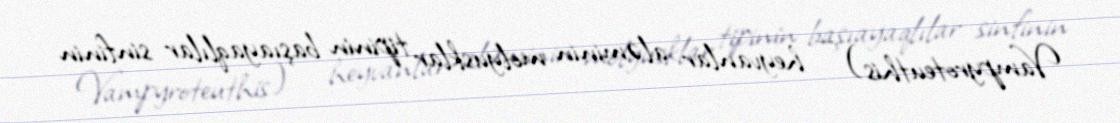
Vampyroteuthis) — heyvanlar aləminin molyusklar tipinin başıayaqlılar sinfinin